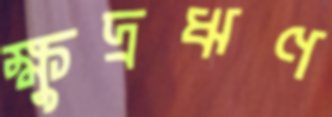
ক্ষুদ্রঋণ